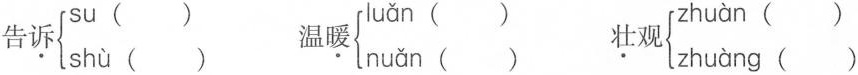
告\underset{·}{诉}\left\{ \begin{matrix} su ()\\ shù () \end{matrix} \right. 温\underset{·}{暖}\left\{ \begin{matrix} luǎn ()\\ nuǎn () \end{matrix} \right. \underset{·}{壮}观\left\{ \begin{matrix} zhuàn ()\\ zhuàng () \end{matrix} \right.